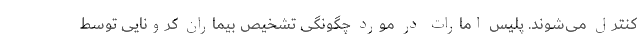
کنترل می‌شوند. پلیس امارات در مورد چگونگی تشخیص بیماران کرونایی توسط